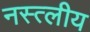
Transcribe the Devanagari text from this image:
नस्त्लीय